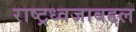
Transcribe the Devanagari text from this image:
राष्ट्रध्वजाबद्दल